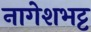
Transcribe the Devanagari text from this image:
नागेशभट्ट